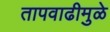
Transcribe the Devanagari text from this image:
तापवाढीमुळे